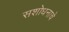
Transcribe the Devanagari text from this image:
सशोधनाचे